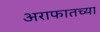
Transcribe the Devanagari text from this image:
अराफातच्या